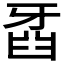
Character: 𤘍